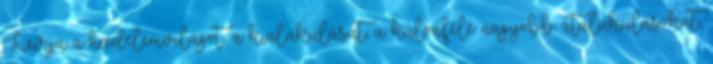
Leírja a hiedelemvilágot, a kialakulását, a különféle nagyobb átalakulásokat,